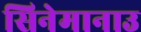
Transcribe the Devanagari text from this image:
सिनेमानाउ